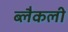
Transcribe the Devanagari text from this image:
ब्लैकली